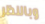
وبالنظر